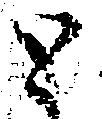
と